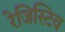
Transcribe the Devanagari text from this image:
रेजिस्टिव